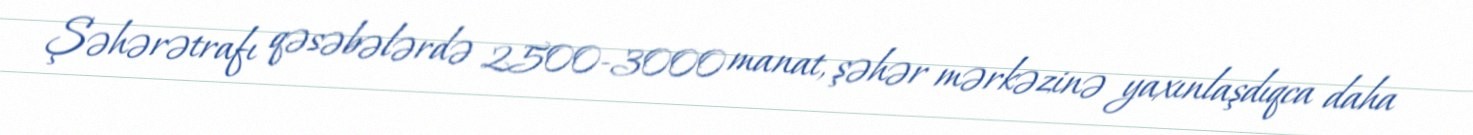
Şəhərətrafı qəsəbələrdə 2500-3000 manat, şəhər mərkəzinə yaxınlaşdıqca daha